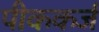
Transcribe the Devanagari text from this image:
पीककर्ज